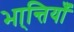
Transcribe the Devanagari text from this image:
भा्न्तियाँ